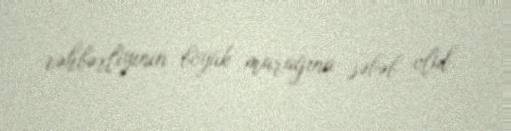
rəhbərliyinin böyük marağına səbəb olub.